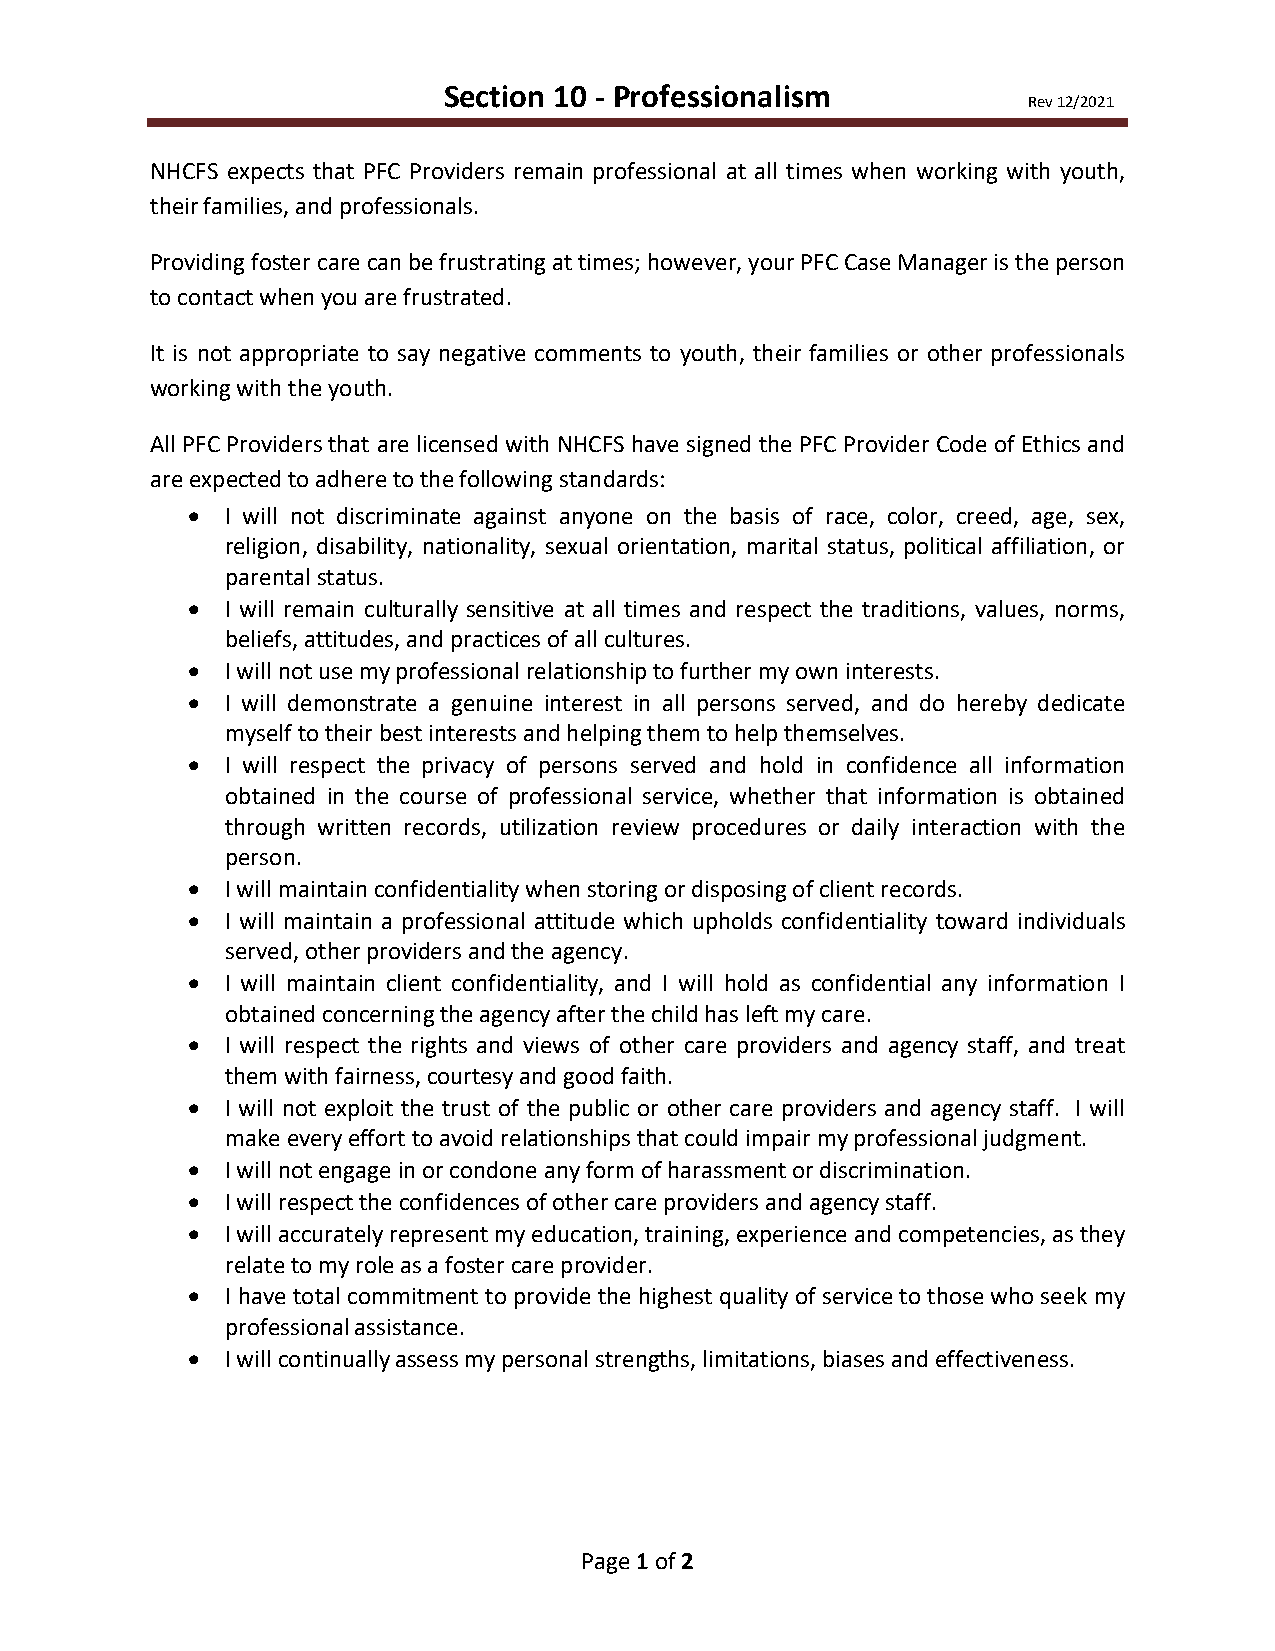
Section 10 - Professionalism
 Rev 12/2021
 NHCFS expects that PFC Providers remain professional at all times when working with youth,
 their families, and professionals.
 Providing foster care can be frustrating at times; however, your PFC Case Manager is the person
 to contact when you are frustrated.
 It is not appropriate to say negative comments to youth, their families or other professionals
 working with the youth.
 All PFC Providers that are licensed with NHCFS have signed the PFC Provider Code of Ethics and
 are expected to adhere to the following standards:
 •  I will not discriminate against anyone on the basis of race, color, creed, age, sex,
 religion, disability, nationality, sexual orientation, marital status, political affiliation, or
 parental status.
 •  I will remain culturally sensitive at all times and respect the traditions, values, norms,
 beliefs, attitudes, and practices of all cultures.
 •  I will not use my professional relationship to further my own interests.
 •  I will demonstrate a genuine interest in all persons served, and do hereby dedicate
 myself to their best interests and helping them to help themselves.
 •  I will respect the privacy of persons served and hold in confidence all information
 obtained in the course of professional service, whether that information is obtained
 through written records, utilization review procedures or daily interaction with the
 person.
 •  I will maintain confidentiality when storing or disposing of client records.
 •  I will maintain a professional attitude which upholds confidentiality toward individuals
 served, other providers and the agency.
 •  I will maintain client confidentiality, and I will hold as confidential any information I
 obtained concerning the agency after the child has left my care.
 •  I will respect the rights and views of other care providers and agency staff, and treat
 them with fairness, courtesy and good faith.
 •  I will not exploit the trust of the public or other care providers and agency staff. I will
 make every effort to avoid relationships that could impair my professional judgment.
 •  I will not engage in or condone any form of harassment or discrimination.
 •  I will respect the confidences of other care providers and agency staff.
 •  I will accurately represent my education, training, experience and competencies, as they
 relate to my role as a foster care provider.
 •  I have total commitment to provide the highest quality of service to those who seek my
 professional assistance.
 •  I will continually assess my personal strengths, limitations, biases and effectiveness.
 Page 1 of 2